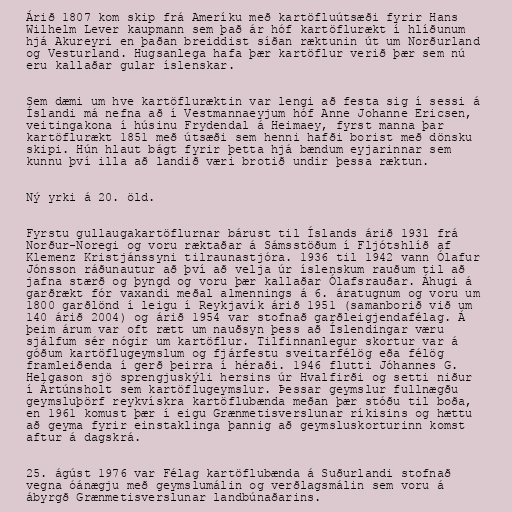
Árið 1807 kom skip frá Ameríku með kartöfluútsæði fyrir Hans
Wilhelm Lever kaupmann sem það ár hóf kartöflurækt í hlíðunum
hjá Akureyri en þaðan breiddist síðan ræktunin út um Norðurland
og Vesturland. Hugsanlega hafa þær kartöflur verið þær sem nú
eru kallaðar gular íslenskar.

Sem dæmi um hve kartöfluræktin var lengi að festa sig í sessi á
Íslandi má nefna að í Vestmannaeyjum hóf Anne Johanne Ericsen,
veitingakona í húsinu Frydendal á Heimaey, fyrst manna þar
kartöflurækt 1851 með útsæði sem henni hafði borist með dönsku
skipi. Hún hlaut bágt fyrir þetta hjá bændum eyjarinnar sem
kunnu því illa að landið væri brotið undir þessa ræktun.

Ný yrki á 20. öld.

Fyrstu gullaugakartöflurnar bárust til Íslands árið 1931 frá
Norður-Noregi og voru ræktaðar á Sámsstöðum í Fljótshlíð af
Klemenz Kristjánssyni tilraunastjóra. 1936 til 1942 vann Ólafur
Jónsson ráðunautur að því að velja úr íslenskum rauðum til að
jafna stærð og þyngd og voru þær kallaðar Ólafsrauðar. Áhugi á
garðrækt fór vaxandi meðal almennings á 6. áratugnum og voru um
1800 garðlönd í leigu í Reykjavík árið 1951 (samanborið við um
140 árið 2004) og árið 1954 var stofnað garðleigjendafélag. Á
þeim árum var oft rætt um nauðsyn þess að Íslendingar væru
sjálfum sér nógir um kartöflur. Tilfinnanlegur skortur var á
góðum kartöflugeymslum og fjárfestu sveitarfélög eða félög
framleiðenda í gerð þeirra í héraði. 1946 flutti Jóhannes G.
Helgason sjö sprengjuskýli hersins úr Hvalfirði og setti niður
í Ártúnsholt sem kartöflugeymslur. Þessar geymslur fullnægðu
geymsluþörf reykvískra kartöflubænda meðan þær stóðu til boða,
en 1961 komust þær í eigu Grænmetisverslunar ríkisins og hættu
að geyma fyrir einstaklinga þannig að geymsluskorturinn komst
aftur á dagskrá.

25. ágúst 1976 var Félag kartöflubænda á Suðurlandi stofnað
vegna óánægju með geymslumálin og verðlagsmálin sem voru á
ábyrgð Grænmetisverslunar landbúnaðarins.